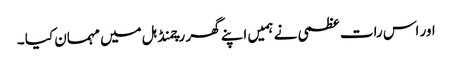
اور اس رات عظمی نے ہمیں اپنے گھر رچمنڈ ہل میں مہمان کیا ۔